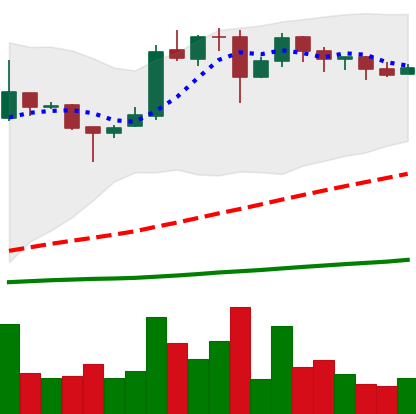
Ticker: BTC-USD
Chart end date: 2016-11-28
Forward return: 4.803%
Label: up_3_5